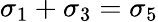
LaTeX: \sigma_{1}+\sigma_{3}=\sigma_{5}